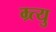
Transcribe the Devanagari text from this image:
म्र्त्यु